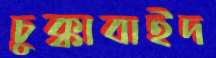
চুক্কাবাইদ